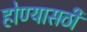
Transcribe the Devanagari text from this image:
होण्यासठी